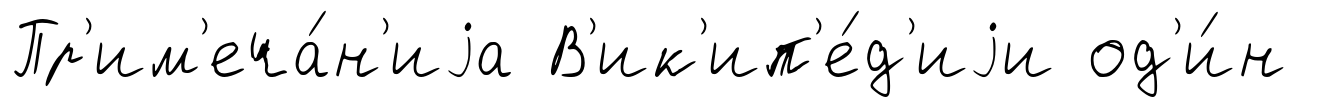
Пр'им'еча́н'иjа В'ик'ип'е́д'иjи од'и́н